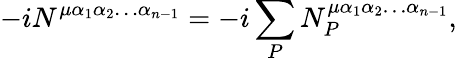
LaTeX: -iN^{\mu\alpha_{1}\alpha_{2}\ldots\alpha_{n-1}}=-i\sum_{P}N_{P}^{\mu\alpha_{1}\alpha_{2}\ldots\alpha_{n-1}},